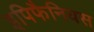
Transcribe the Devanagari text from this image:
इपिफैनियस